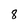
Character: 8